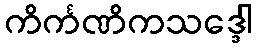
ကိင်္ကဏိကသဒ္ဒေါ